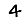
Digit: 4